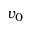
v _ { 0 }